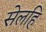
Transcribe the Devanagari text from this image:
सेलहि